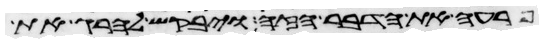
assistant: פרעה את הדבר הזה ויבקש להרג את